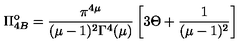
\Pi _ { 4 B } ^ { \mathrm { o } } = \frac { \pi ^ { 4 \mu } } { ( \mu - 1 ) ^ { 2 } \Gamma ^ { 4 } ( \mu ) } \left[ 3 \Theta + \frac { 1 } { ( \mu - 1 ) ^ { 2 } } \right]